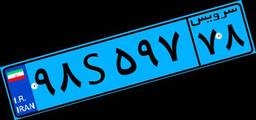
۹۸S۵۹۷۷۸